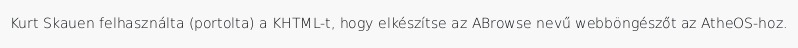
Kurt Skauen felhasználta (portolta) a KHTML-t, hogy elkészítse az ABrowse nevű webböngészőt az AtheOS-hoz.